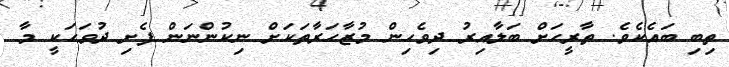
ތިބި ބައެކެވެ. ތާރީހަށް ބަލާއިރު ދިވެހިން މުޒާހަރާތަކަށް ނިކުންނަން ފެށި ދުވަހަކީ މާ